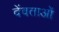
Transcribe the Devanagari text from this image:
देंवताओं